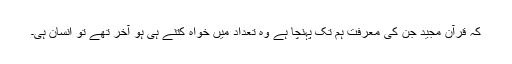
کہ قرآن مجید جن کی معرفت ہم تک پہنچا ہے وہ تعداد میں خواہ کتنے ہی ہو آخر تھے تو انسان ہی۔